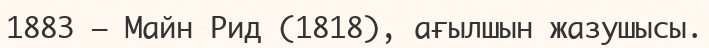
1883 — Майн Рид (1818), ағылшын жазушысы.